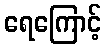
ရေကြောင့်